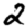
Digit: 2